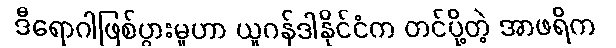
ဒီရောဂါဖြစ်ပွားမှုဟာ ယူဂန်ဒါနိုင်ငံက တင်ပို့တဲ့ အာဖရိက